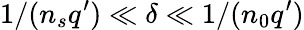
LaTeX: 1/(n_{s}q^{\prime})\ll\delta\ll 1/(n_{0}q^{\prime})